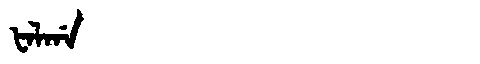
Manchu: ᡶᠠᠯᡤᠠ
Romanization: FALGA